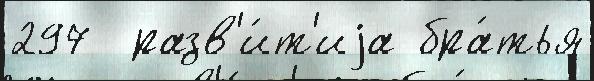
297  разв'и́т'иjа бра́тья